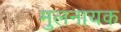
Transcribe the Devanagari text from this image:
मुलनायक